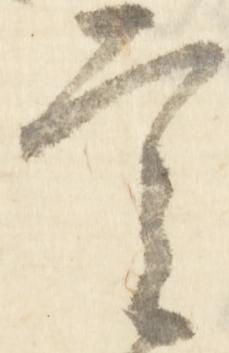
言